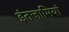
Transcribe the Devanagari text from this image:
इंतजामियां